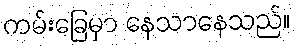
ကမ်းခြေမှာ နေသာနေသည်။